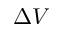
\Delta V